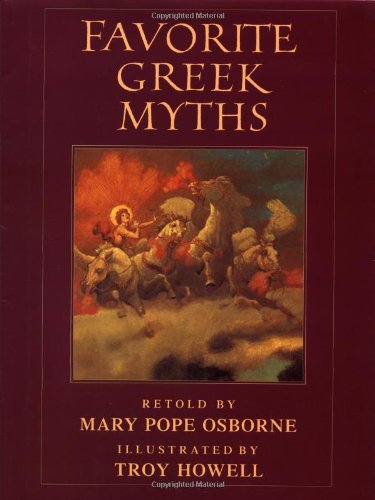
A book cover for Favorite Greek Myths; Mary Pope Osborne; Children's Books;